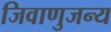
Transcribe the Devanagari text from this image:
जिवाणुजन्य